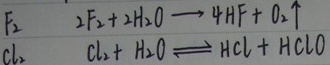
\(F_{2}\)：\(2F_{2}+2H_{2}O\rightarrow 4HF + O_{2}\uparrow\)

\(Cl_{2}\)：\(Cl_{2}+H_{2}O\rightleftharpoons HCl + HClO\)